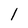
Character: l